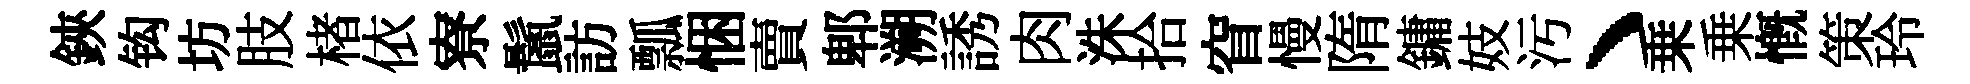
鋏钩坊肢楮依寮鬛訪瓢悃賣郫溯誘肉洙拾窅慢隋鏞妓汚丶乗乗慨策玲